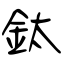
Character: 鈦